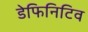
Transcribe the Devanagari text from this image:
डेफिनिटिव